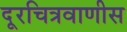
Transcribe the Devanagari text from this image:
दूरचित्रवाणीस